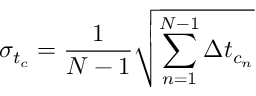
\sigma _ { t _ { c } } = \frac { 1 } { N - 1 } \sqrt { \sum _ { n = 1 } ^ { N - 1 } \Delta t _ { c _ { n } } }